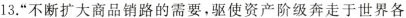
13.”不断扩大商品销路的需要，驱使资产阶级奔走于世界各